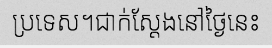
ប្រទេស។ជាក់ស្តែងនៅថ្ងៃនេះ